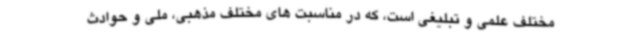
مختلف علمی و تبلیغی است، که در مناسبت های مختلف مذهبی، ملی و حوادث